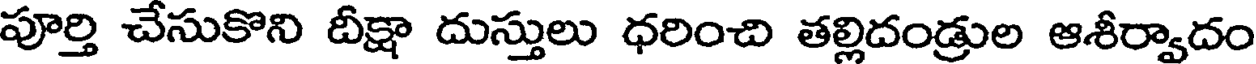
పూర్తి చేసుకొని దీక్షా దుస్తులు ధరించి తల్లిదండ్రుల ఆశీర్వాదం